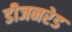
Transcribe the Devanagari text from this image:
डीजनरेड